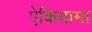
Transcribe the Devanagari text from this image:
ऐकियामा